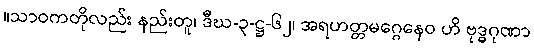
။သာဝကတိုလည်း နည်းတူ၊ ဒီဃ-၃-ဋ္ဌ-၆၂၊ အရဟတ္တမဂ္ဂေနေဝ ဟိ ဗုဒ္ဓဂုဏာ